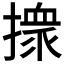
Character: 𢶢